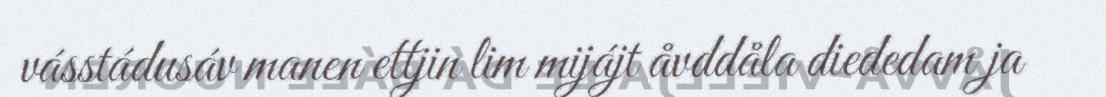
vásstádusáv manen ettjin lim mijájt åvddåla diededam ja